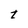
Character: t